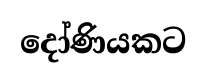
දෝණියකට